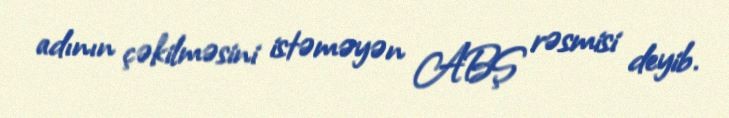
adının çəkilməsini istəməyən ABŞ rəsmisi deyib.